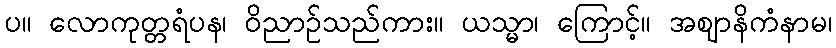
ပ။ လောကုတ္တရံပန၊ ဝိညာဉ်သည်ကား။ ယသ္မာ၊ ကြောင့်။ အဈာနိကံနာမ၊